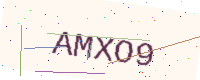
Text: AMXO9